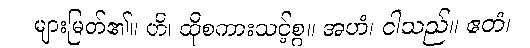
များမြတ်၏။ ဟိ၊ ထိုစကားသင့်စွ။ အဟံ၊ ငါသည်။ ဧတံ၊